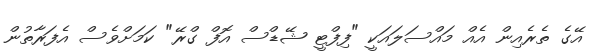
އޭގެ ތެރެއިން އެއް މައްސަލައަކީ "ފިފްޓީ ޝޭޑްސް އޮފް ގްރޭ" ކަމަށްވެސް އެފަރާތުން